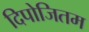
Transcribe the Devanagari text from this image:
दिपोजितम